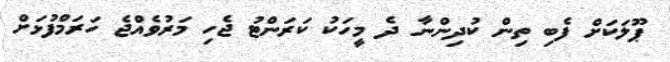
ޕޫލަކަށް ފެބި ތިން ކުދިންނާ ދެ މީހަކު ކަރަންޓު ޖެހި މަރުވެއްޖެ ހަރަމްފުޅަށް